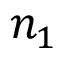
n _ { 1 }